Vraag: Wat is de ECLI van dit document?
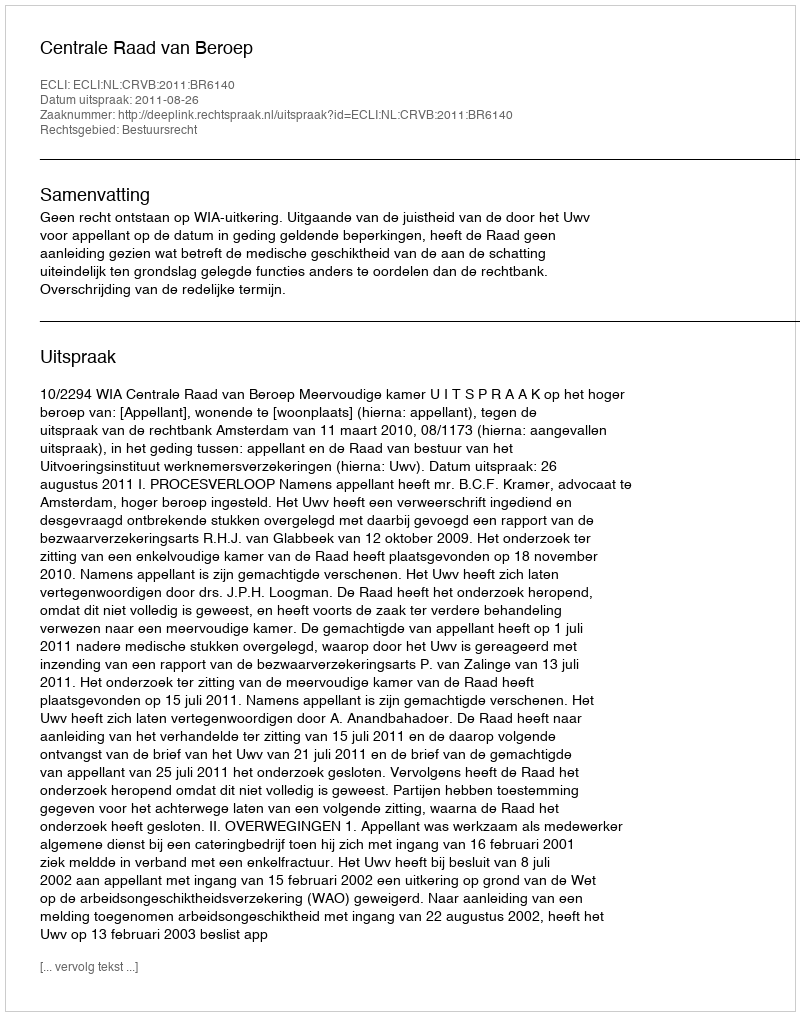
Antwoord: ECLI:NL:CRVB:2011:BR6140